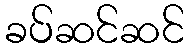
ခပ်ဆင်ဆင်